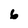
Character: 6